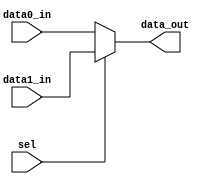
module mux2(
    input           sel         ,
    input   [31:0]  data0_in    ,
    input   [31:0]  data1_in    ,

    output  [31:0]  data_out    
);

assign  data_out = (sel == 1'b1) ? data1_in : data0_in;  

endmodule